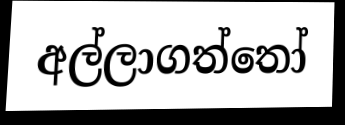
අල්ලාගත්තෝ